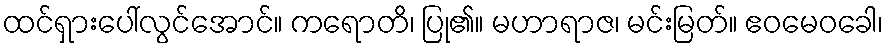
ထင်ရှားပေါ်လွင်အောင်။ ကရောတိ၊ ပြု၏။ မဟာရာဇ၊ မင်းမြတ်။ ဧဝမေဝခေါ၊